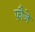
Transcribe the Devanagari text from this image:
फ़ौजे